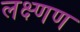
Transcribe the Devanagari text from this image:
लक्ष्णण